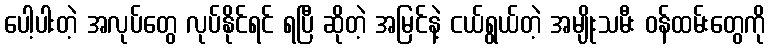
ပေါ့ပါးတဲ့ အလုပ်တွေ လုပ်နိုင်ရင် ရပြီ ဆိုတဲ့ အမြင်နဲ့ ငယ်ရွယ်တဲ့ အမျိုးသမီး ဝန်ထမ်းတွေကို